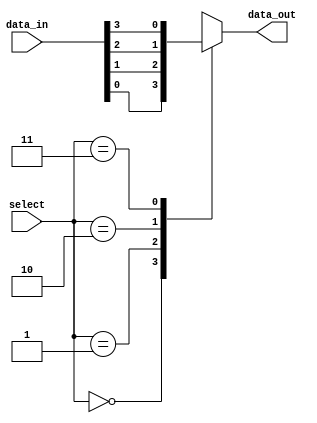
module mux4to1 (
input [3:0] data_in,
input [1:0] select,
output reg data_out
);

always @(*) begin
    case(select)
        2'b00: data_out = data_in[0];
        2'b01: data_out = data_in[1];
        2'b10: data_out = data_in[2];
        2'b11: data_out = data_in[3];
    endcase
end

endmodule